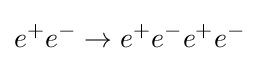
e^{+}e^{-}\to e^{+}e^{-}e^{+}e^{-}